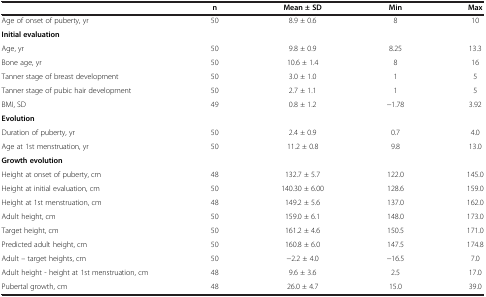
|  | n | Mean ± SD | Min | Max |
 | --- | --- | --- | --- | --- |
 | Age of onset of puberty, yr | 50 | 8.9 ± 0.6 | 8 | 10 |
 | <COLSPAN=5> Initial evaluation |
 | Age, yr | 50 | 9.8 ± 0.9 | 8.25 | 13.3 |
 | Bone age, yr | 50 | 10.6 ± 1.4 | 8 | 16 |
 | Tanner stage of breast development | 50 | 3.0 ± 1.0 | 1 | 5 |
 | Tanner stage of pubic hair development | 50 | 2.7 ± 1.1 | 1 | 5 |
 | BMI, SD | 49 | 0.8 ± 1.2 | -1.78 | 3.92 |
 | <COLSPAN=5> Evolution |
 | Duration of puberty, yr | 50 | 2.4 ± 0.9 | 0.7 | 4.0 |
 | Age at 1st menstruation, yr | 50 | 11.2 ± 0.8 | 9.8 | 13.0 |
 | <COLSPAN=5> Growth evolution |
 | Height at onset of puberty, cm | 48 | 132.7 ± 5.7 | 122.0 | 145.0 |
 | Height at initial evaluation, cm | 50 | 140.30 ± 6.00 | 128.6 | 159.0 |
 | Height at 1st menstruation, cm | 48 | 149.2 ± 5.6 | 137.0 | 162.0 |
 | Adult height, cm | 50 | 159.0 ± 6.1 | 148.0 | 173.0 |
 | Target height, cm | 50 | 161.2 ± 4.6 | 150.5 | 171.0 |
 | Predicted adult height, cm | 50 | 160.8 ± 6.0 | 147.5 | 174.8 |
 | Adult – target heights, cm | 50 | -2.2 ± 4.0 | -16.5 | 7.0 |
 | Adult height - height at 1st menstruation, cm | 48 | 9.6 ± 3.6 | 2.5 | 17.0 |
 | Pubertal growth, cm | 48 | 26.0 ± 4.7 | 15.0 | 39.0 |